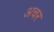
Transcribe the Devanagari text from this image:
अचर